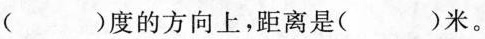
( )度的方向上，距离是( )米。